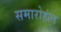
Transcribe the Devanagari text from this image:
समारोहांत